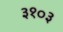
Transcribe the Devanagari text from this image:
३१०३